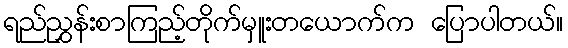
ရည်ညွှန်းစာကြည့်တိုက်မှူးတယောက်က ပြောပါတယ်။